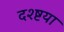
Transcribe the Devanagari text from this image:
दश्ष्टया